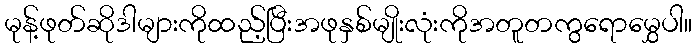
မုန့်ဖုတ်ဆိုဒါများကိုထည့်ပြီးအဖုနှစ်မျိုးလုံးကိုအတူတကွရောမွှေပါ။